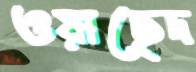
ওয়াছেদ